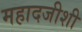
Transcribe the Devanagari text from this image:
महादजीशी